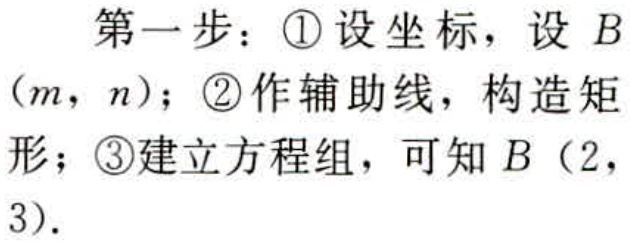
第一步：\textcircled{1}设坐标，设 \(B(m,n)\)；\textcircled{2}作辅助线，构造矩形；\textcircled{3}建立方程组，可知 \(B(2,3)\)。